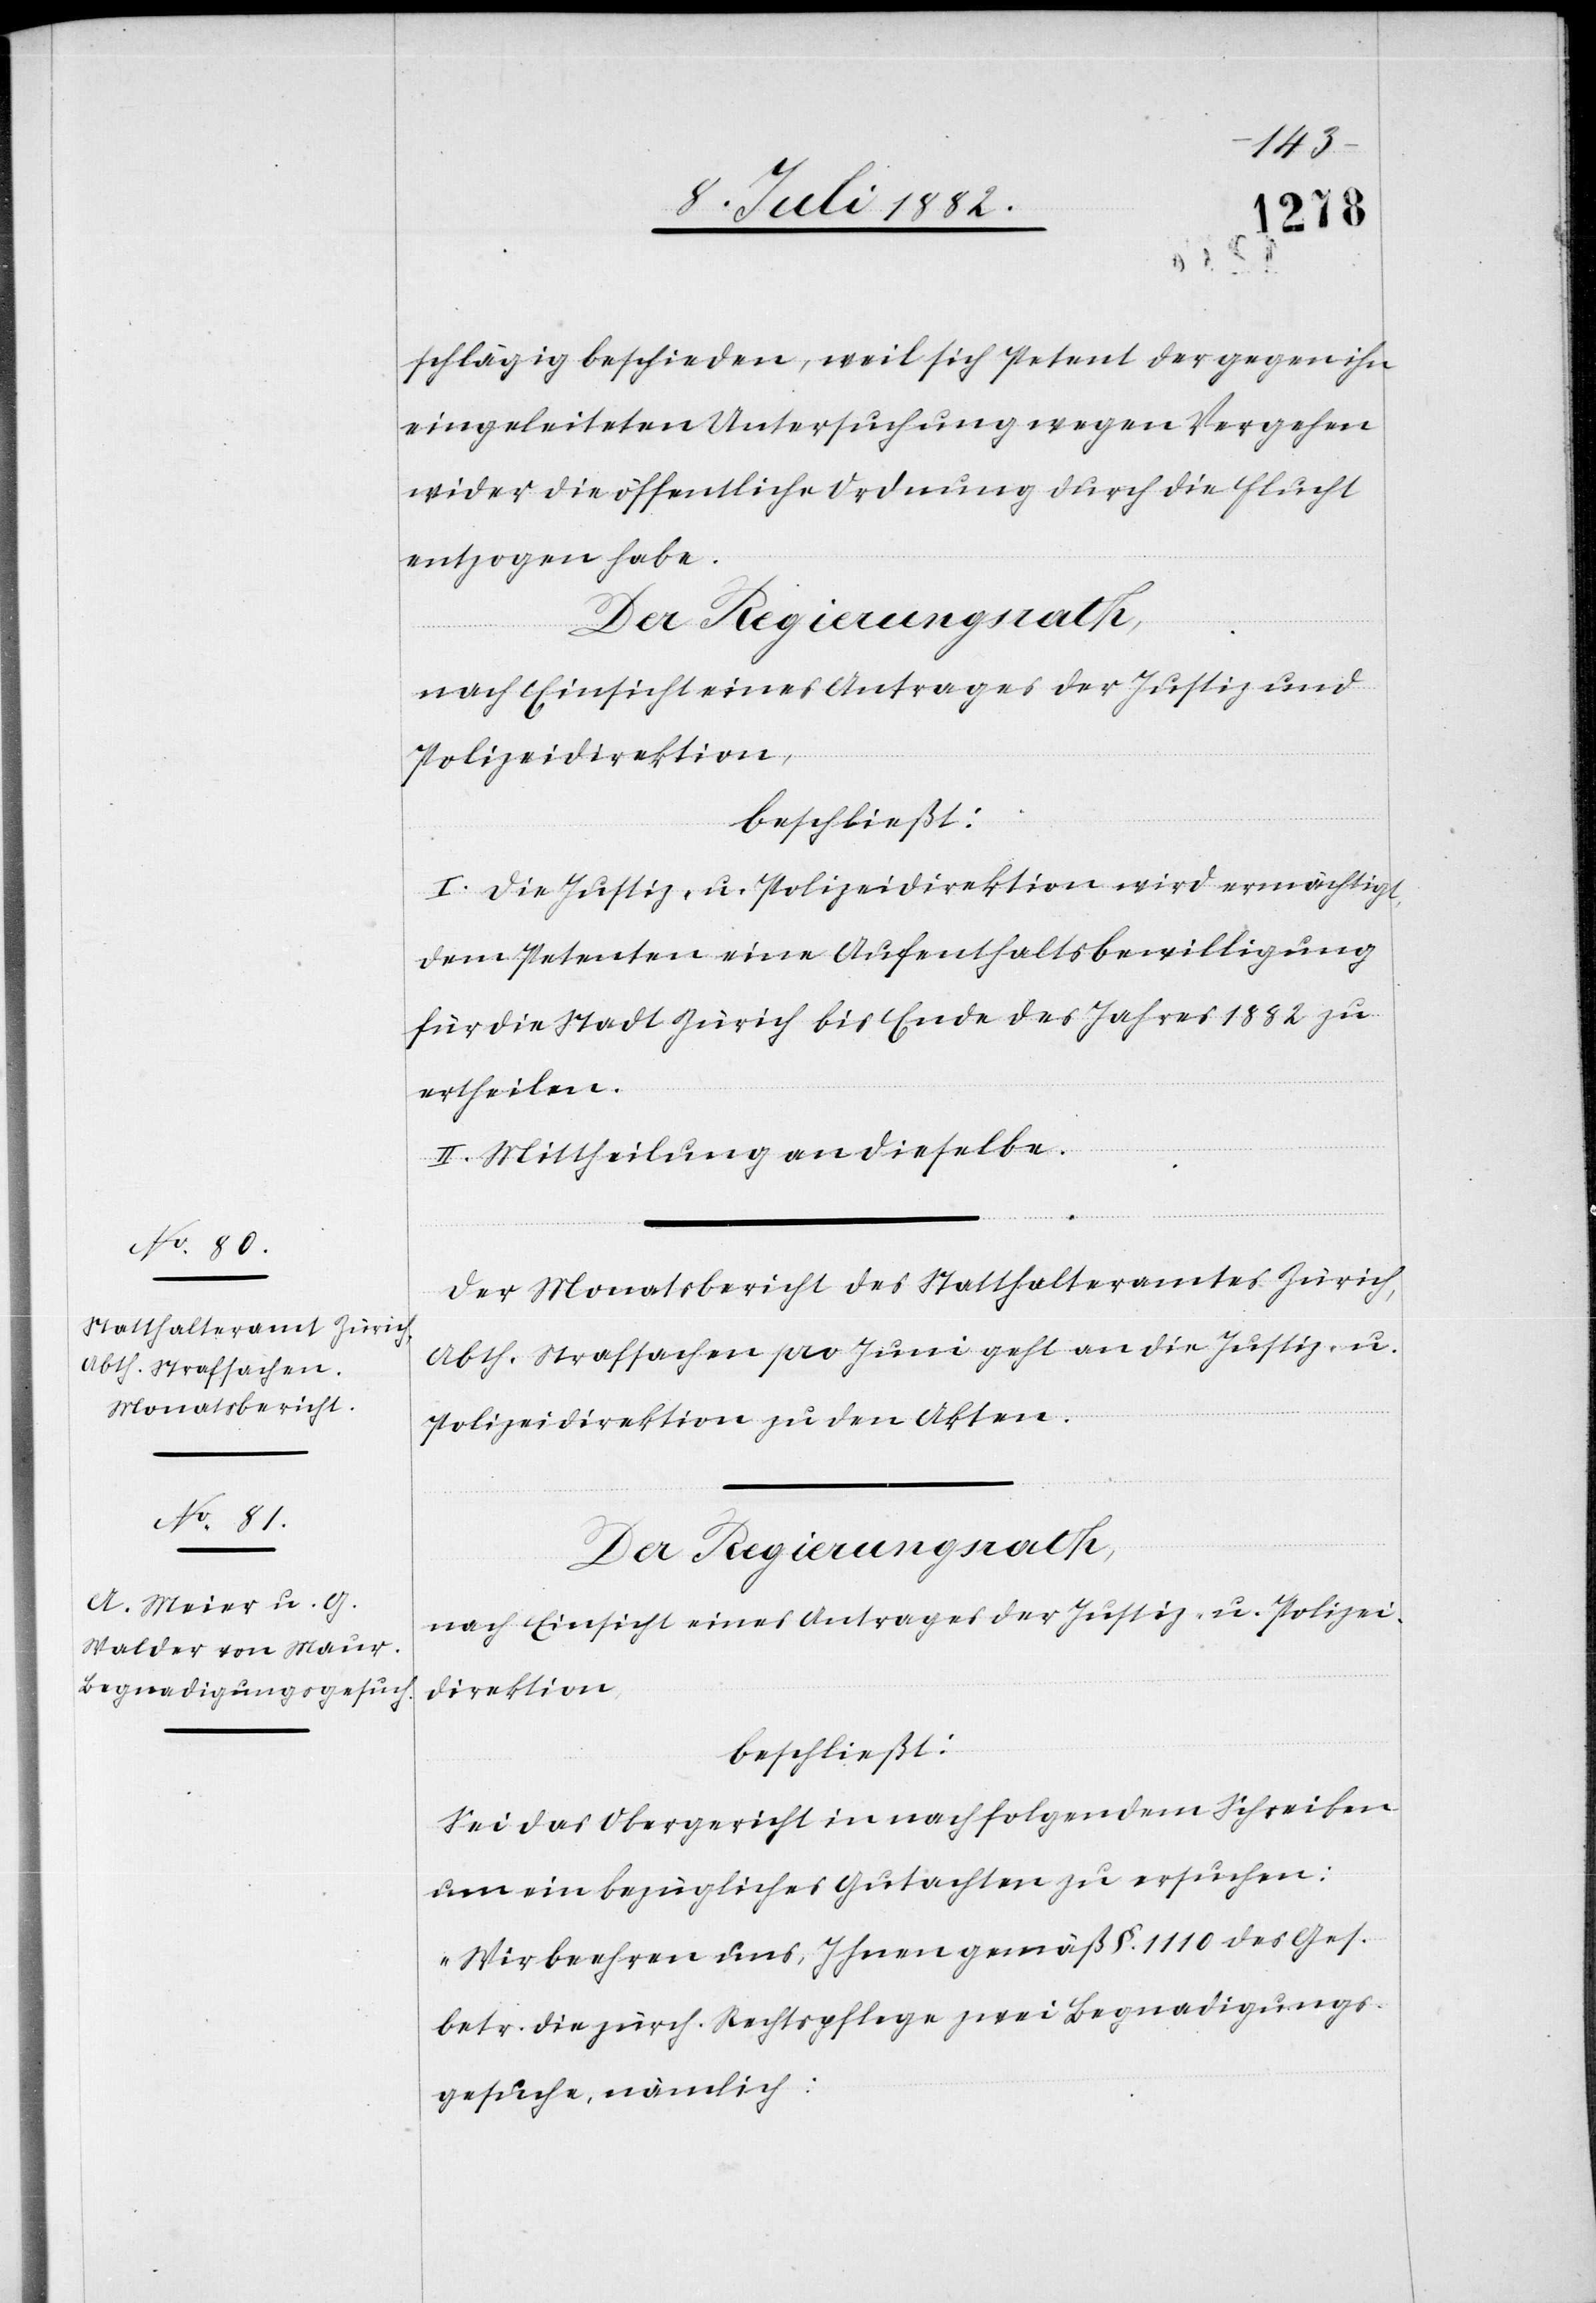
schlägig beschieden, weil sich Petent der gegen ihn
eingeleiteten Untersuchung wegen Vergehen
wider die öffentliche Ordnung durch die Flucht
entzogen habe.
Der Regierungsrath,
I. Die Justiz- & Polizeidirektion wird ermächtigt,
dem Petenten eine Aufenthaltsbewilligung
für die Stadt Zürich bis Ende des Jahres 1882 zu
ertheilen.
II. Mittheilung an dieselbe.
Der Monatsbericht des Statthalteramtes Zürich,
Abth. Strafsachen pro Juni geht an die Justiz- &
Polizeidirektion zu den Akten.
Der Regierungsrath;
nach Einsicht eines Antrages der Justiz- & Polizei¬
direktion,
beschließt:
Sei das Obergericht in nachfolgendem Schreiben
um ein bezügliches Gutachten zu ersuchen:
„Wir beehren uns, Ihnen gemäß §. 1110 des Ges.
betr. die zürch. Rechtspflege zwei Begnadigungs¬
gesuche, nämlich: